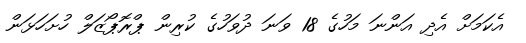
އެކަމަށް އެދި އަންނަ މަހުގެ 18 ވަނަ ދުވަހުގެ ކުރިން ޕްރޮޕޯޒަލް ހުށަހަޅަން